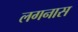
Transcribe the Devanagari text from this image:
लगनास